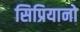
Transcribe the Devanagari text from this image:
सिप्रियानो